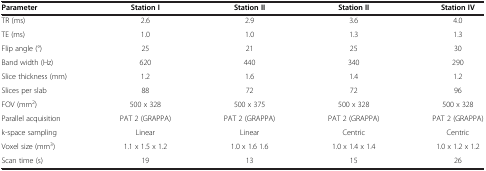
| Parameter | Station I | Station II | Station II | Station IV |
 | --- | --- | --- | --- | --- |
 | TR (ms) | 2.6 | 2.9 | 3.6 | 4.0 |
 | TE (ms) | 1.0 | 1.0 | 1.3 | 1.3 |
 | Flip angle (°) | 25 | 21 | 25 | 30 |
 | Band width (Hz) | 620 | 440 | 340 | 290 |
 | Slice thickness (mm) | 1.2 | 1.6 | 1.4 | 1.2 |
 | Slices per slab | 88 | 72 | 72 | 96 |
 | FOV (mm2) | 500 x 328 | 500 x 375 | 500 x 328 | 500 x 328 |
 | Parallel acquisition | PAT 2 (GRAPPA) | PAT 2 (GRAPPA) | PAT 2 (GRAPPA) | PAT 2 (GRAPPA) |
 | k-space sampling | Linear | Linear | Centric | Centric |
 | Voxel size (mm3) | 1.1 x 1.5 x 1.2 | 1.0 x 1.6 1.6 | 1.0 x 1.4 x 1.4 | 1.0 x 1.2 x 1.2 |
 | Scan time (s) | 19 | 13 | 15 | 26 |